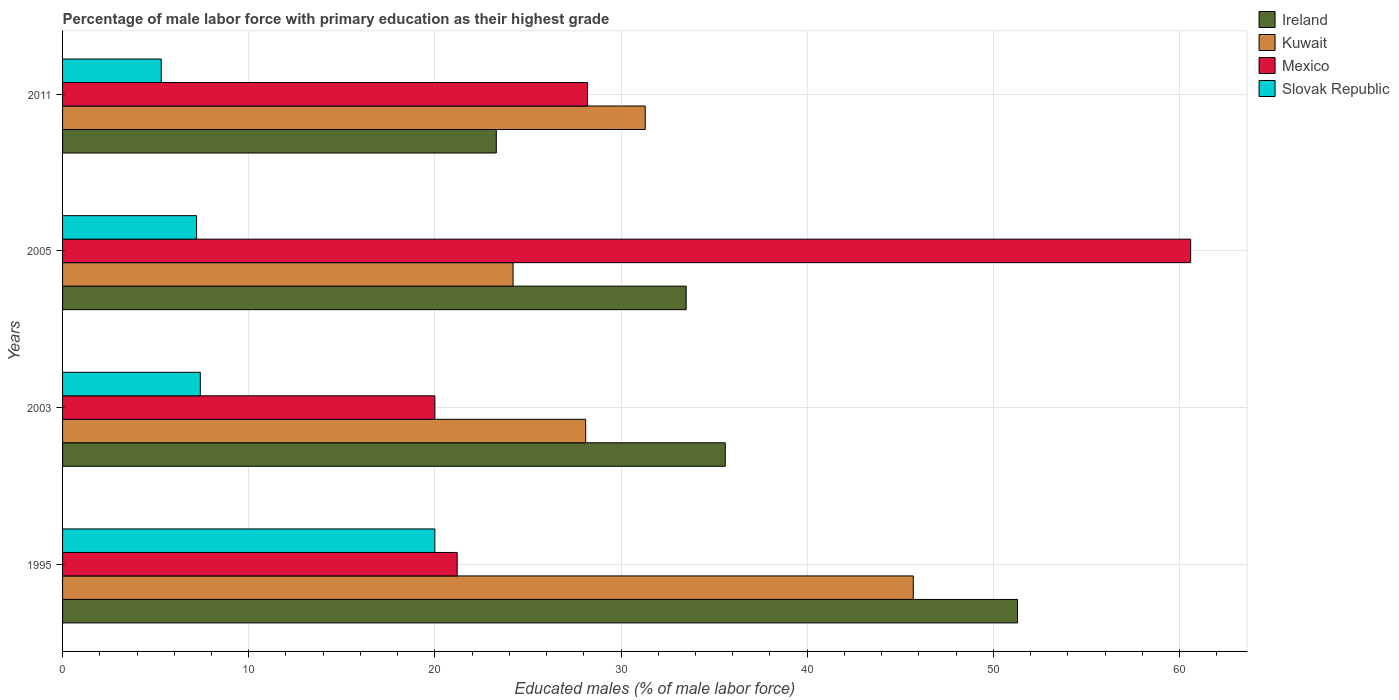
| Years | Ireland | Kuwait | Mexico | Slovak Republic |
 | --- | --- | --- | --- | --- |
 | 1995 | 51.3 | 45.7 | 21.2 | 20 |
 | 2003 | 35.6 | 28.1 | 20 | 7.4 |
 | 2005 | 33.5 | 24.2 | 60.6 | 7.2 |
 | 2011 | 23.3 | 31.3 | 28.2 | 5.3 |